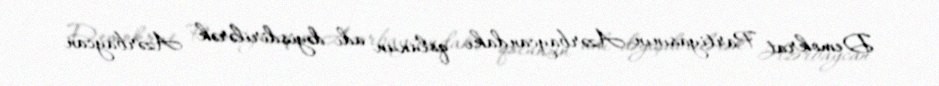
Demokrat Partiyasının Azərbaycandakı qolunun adı dəyişdirilərək Azərbaycan